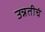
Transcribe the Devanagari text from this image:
उन्नतीचं